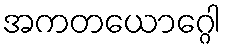
အကတယောဂ္ဂေါ